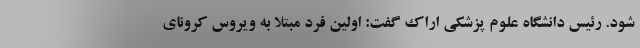
شود. رئیس دانشگاه علوم پزشکی اراک گفت: اولین فرد مبتلا به ویروس کرونای